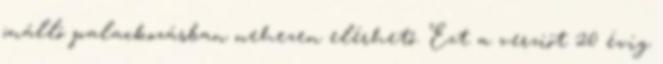
önálló palackozásban nehezen elérhető. Ezt a verziót 20 évig